Vaccination report Assam 1896-1927 - 1896-1927
Year: 1896
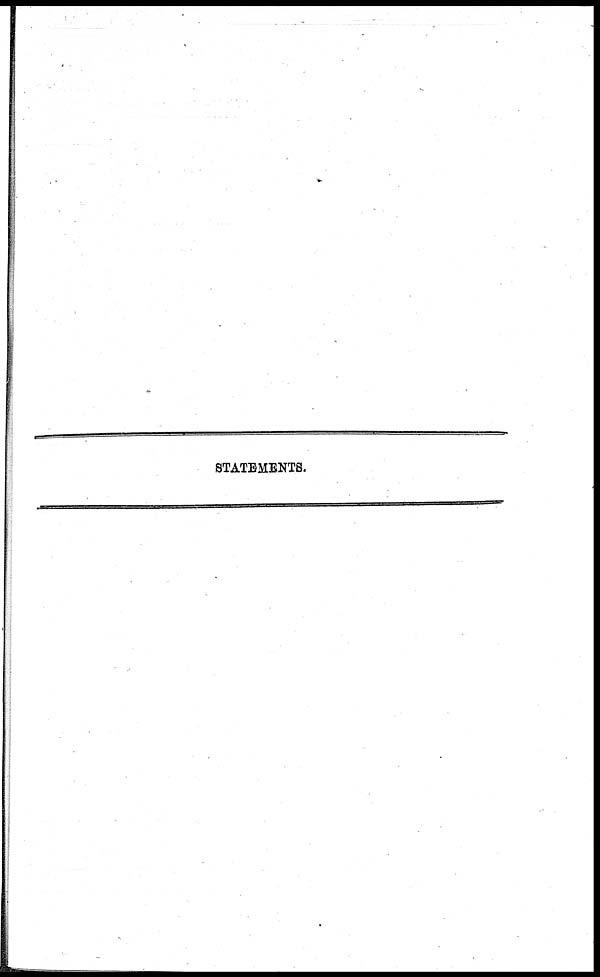
STATEMENTS.